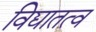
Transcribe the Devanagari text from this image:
विद्यातत्व